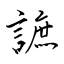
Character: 謶